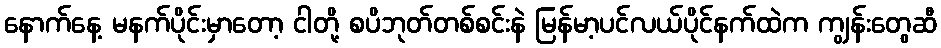
နောက်နေ့ မနက်ပိုင်းမှာတော့ ငါတို့ စပိဘုတ်တစ်စင်းနဲ မြန်မာ့ပင်လယ်ပိုင်နက်ထဲက ကျွန်းတွေဆီ